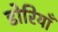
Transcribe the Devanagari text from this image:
डोरियाँ